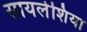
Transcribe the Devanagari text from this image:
सायलेशिया